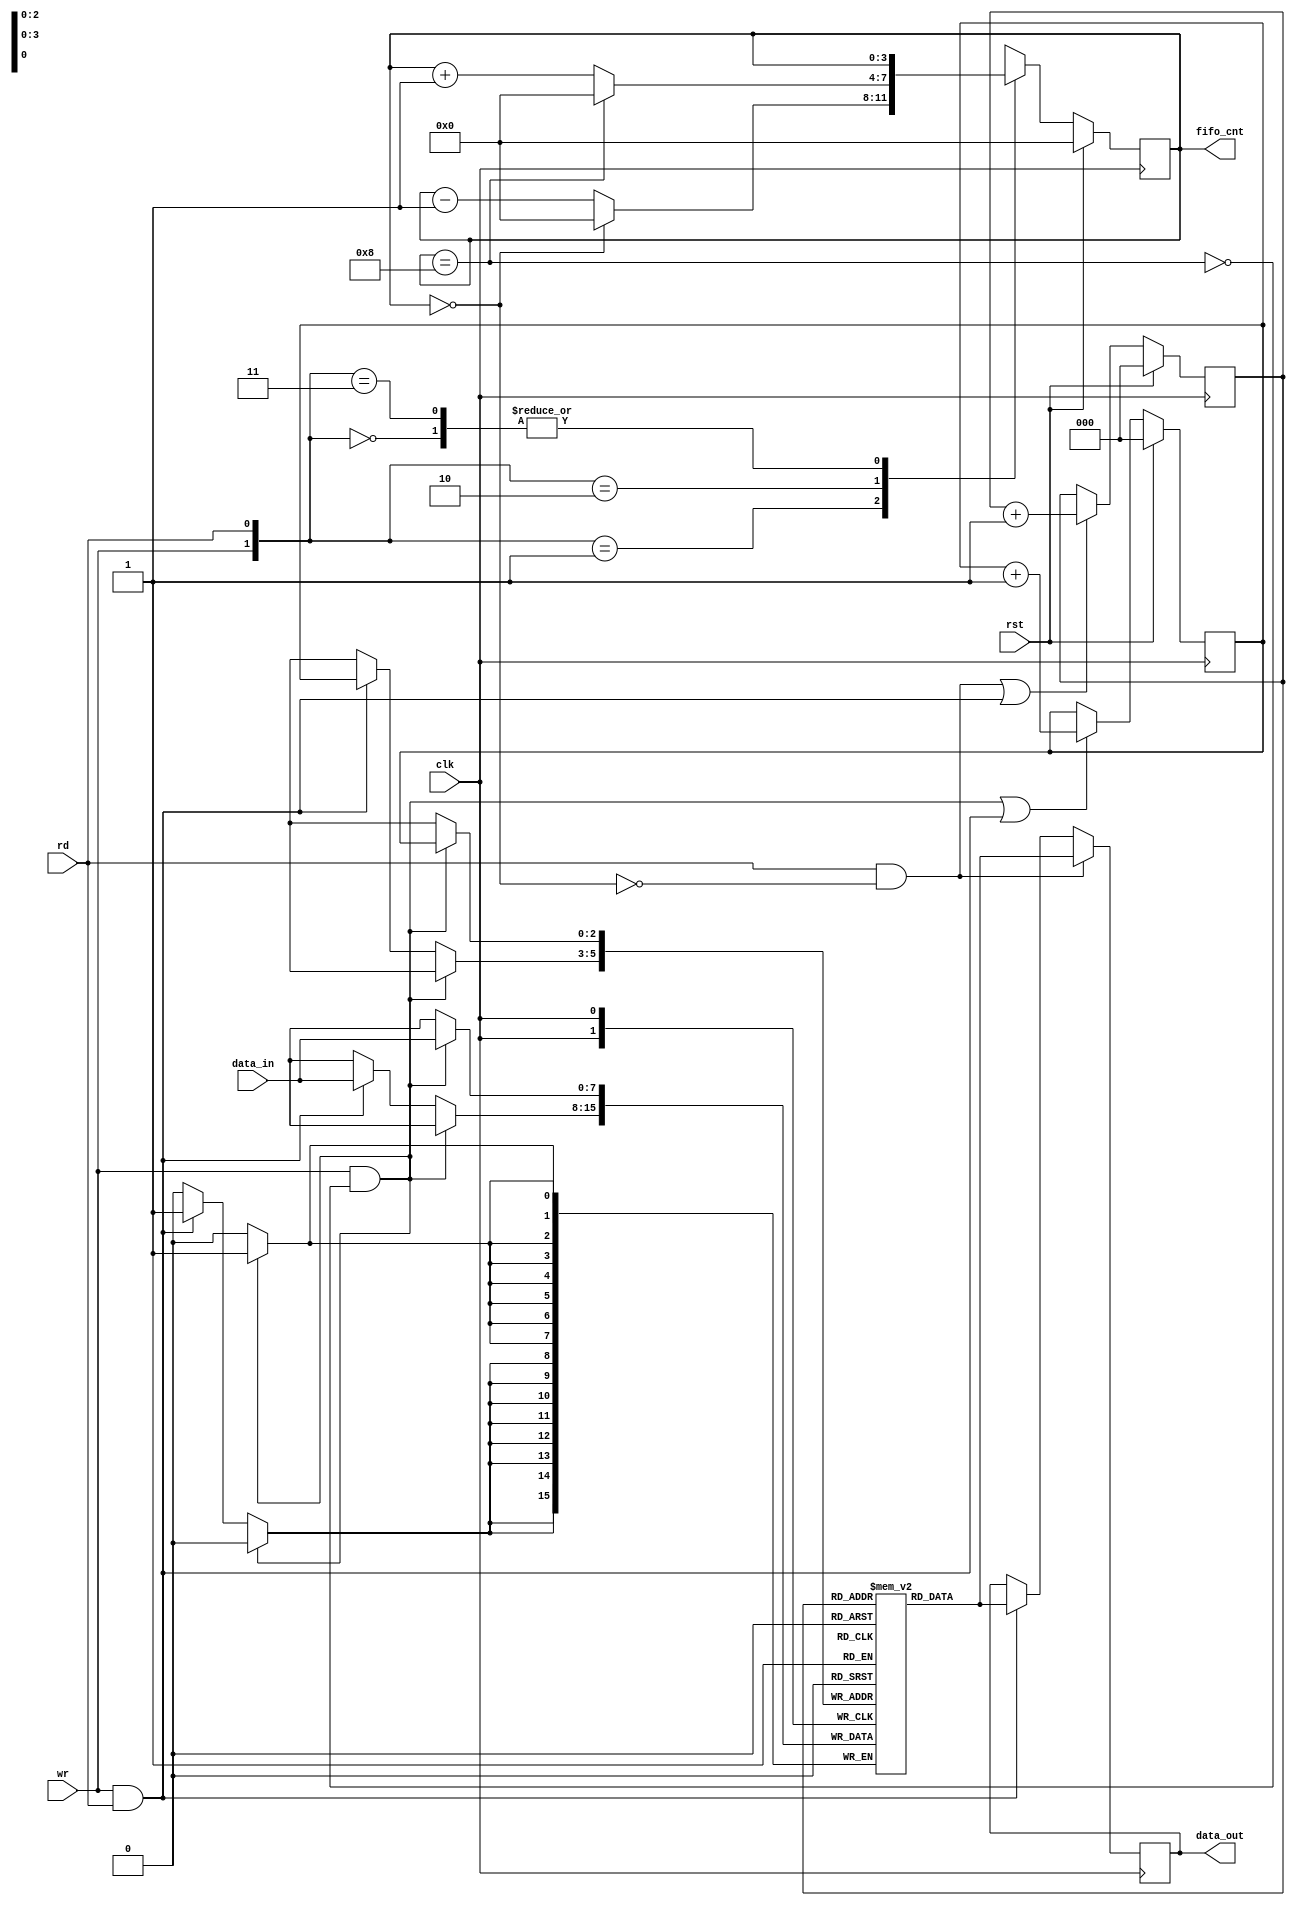
//Empty and Full block
module fifo(input [7:0] data_in,
			input clk,rst,
			input rd,wr,
			output reg [3:0]fifo_cnt,
			output reg [7:0]data_out);
			
			reg [7:0] fifo_ram[0:7];
			reg [2:0] rd_ptr, wr_ptr;
			
	assign empty = (fifo_cnt==0);
	assign full = (fifo_cnt==8);
	
	//write and read block
	
	always@(posedge clk) begin: write
	if(wr && !full)
		fifo_ram[wr_ptr]<=data_in;
		else if(wr && rd)
		fifo_ram[wr_ptr]<=data_in;
		end
		
	always@(posedge clk) begin:read
	if(rd && !empty)
		data_out<=fifo_ram[rd_ptr];
	else if(rd && wr)
		data_out<=fifo_ram[rd_ptr];
	end
	
	//pointer block
	
	always@(posedge clk) begin: pointer
	if(rst) begin
	wr_ptr<=0;
	rd_ptr<=0;
	end
	else begin
	wr_ptr<=((wr && !full) || (wr && rd))? wr_ptr+1:wr_ptr;
	rd_ptr<=( (rd && !empty) || (wr && rd))? rd_ptr+1:rd_ptr;
	end
	end
	
	//counter block
	
	always@(posedge clk) begin: count
	if(rst) fifo_cnt<=0;
	else
	begin
	case({wr,rd})
	2'b00: fifo_cnt<=fifo_cnt;
	2'b01: fifo_cnt<=(fifo_cnt==0)? 0: fifo_cnt-1;
	2'b10: fifo_cnt<=(fifo_cnt==8)? 0: fifo_cnt+1;
	2'b11: fifo_cnt<=fifo_cnt;
	default: fifo_cnt<=fifo_cnt;
	endcase
	end
	end
	endmodule